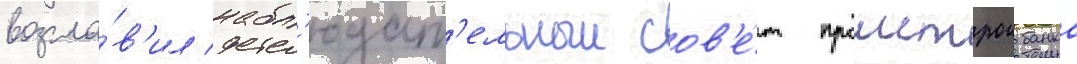
возгла́в'ил набл'юдат'ельныи сов'е́т промстроибанка